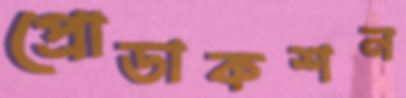
প্রোডাকশন